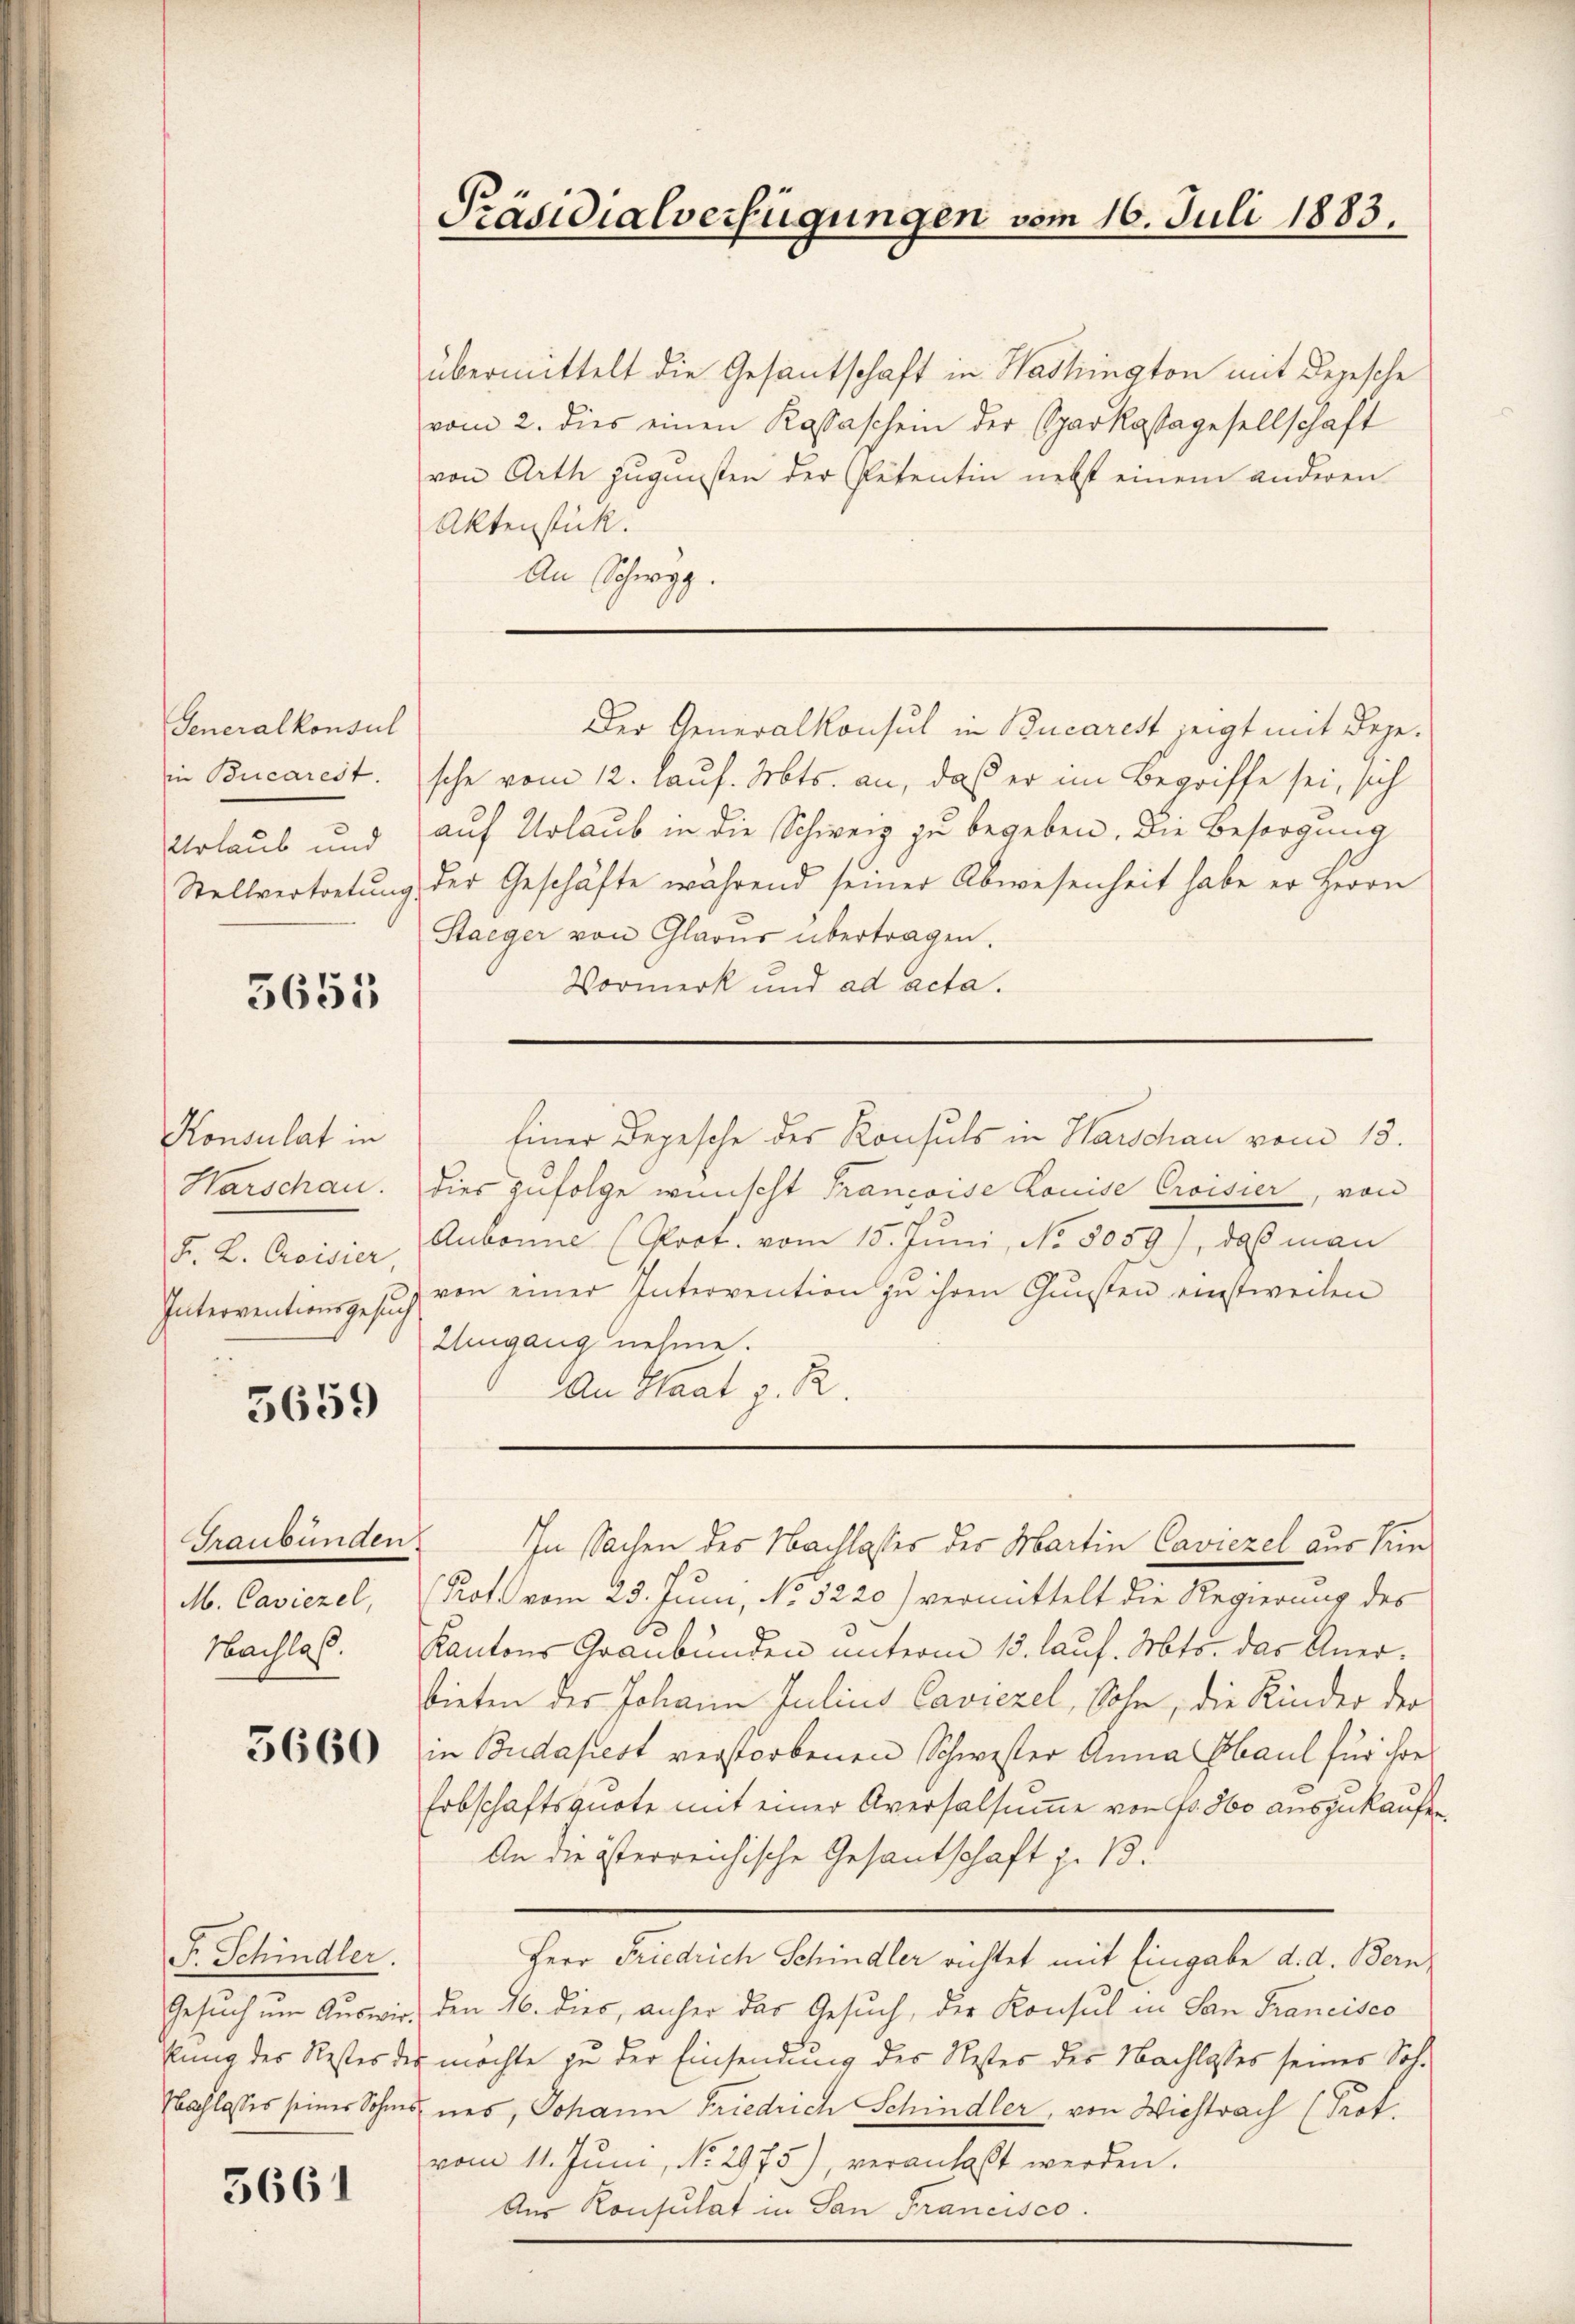
Generalkonsul
in Bucarest.
Urlaub und
Stellvertretung

3655

Konsulat in
Harschau.
F. L. Croisier,
Interventionsgesuch

5659

Graubünden
M. Caviezel,
Nachlaß.

5660

S. Schindler.
Gesuch um Auswir¬
Plung des Rester der
Nachlasses seiner Sohnes

3661

Präsidialverfügungen vom 16. Juli 1883.

übermittelt die Gesantschaft in Washington mit Depesche
vom 2. dies einen Kassaschein der Sparkassagesellschaft
von Arth zugunsten der Petentin nebst einem anderen
Aktenstück.
An Schwyz.
Der Generalkonsul in Bucarest zeigt mit Degesche vom 12. Lauf. Mts. an, daß er im Begriffe sei, sich
auf Urlaub in die Schweiz zu begeben. Die Besorgung
der Geschäfte während seiner Abwesenheit habe er Herrn
Staeger von Glarus übertragen.
Vormerk und ad acta.
Einer Depesche des Konsuls in Warschau vom 13.
dies zufolge wünscht Francoise Louise Croisier, von
Aubonne (Post. vom 15. Jŭni, No 8059), daß man
von einer Intervention zu ihren Gunsten einstweilen
Umgang nehme.
An Staat z. R.
In Sachen des Nachlasses der Martin Caviezel aus Sein
Rote vom 23. Juni, No 5220) vermittelt die Regierung des
Kantons Graubünden unterm 13. lauf. Mts. das Anerbieten der Johann Julius Caviezel, Sohn, die Kinder der
in Budapest verstorbenen Schwester Anna Paul für ihres
Erbschaftsquote mit einer Aversalsumme von Fr. 500 auszukaufe¬
An die österreichische Gesantschaft z. B.
Herr Friedrich Schindler richtet mit Eingabe d. d. Bern,
den 26. dies, anher das Gesuch, der Konsul in San Francisco
möchte zu der Einsendung des Restes des Nachlasses seines Sohnes, Johann Friedrich Schindler, von Wichtrach (Prof.
vom 11. Jŭni, No. 2975), veranlaßt werden.
Aus Konsulat in San Francisco